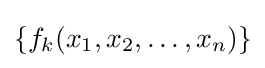
\{f_{k}(x_{1},x_{2},\dots ,x_{n})\}